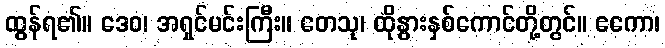
ထွန်ရ၏။ ဒေဝ၊ အရှင်မင်းကြီး။ တေသု၊ ထိုနွားနှစ်ကောင်တို့တွင်။ ဧကော၊